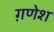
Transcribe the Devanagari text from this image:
ग़णेश